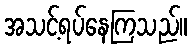
အသင့်ရပ်နေကြသည်။